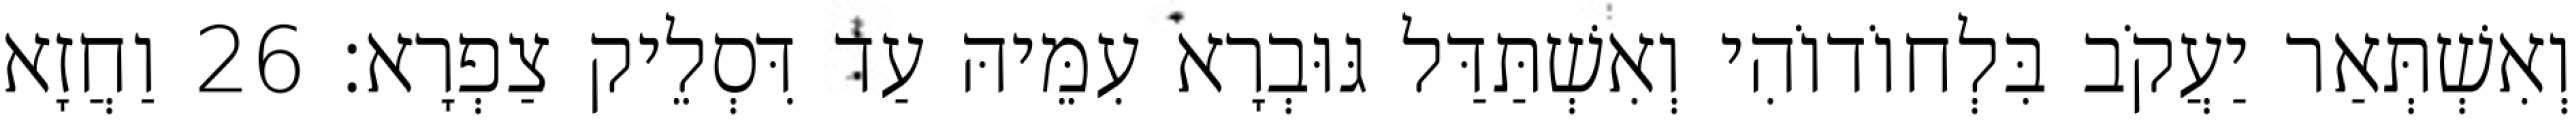
וְאִשְׁתְּאַר יַעֲקֹב בִּלְחוֹדוֹהִי וְאִשְׁתַּדַּל גּוּבְרָא עִמֵּיהּ עַד דִּסְלֵיק צַפְרָא׃ 26 וַחֲזָא